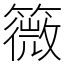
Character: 䉠